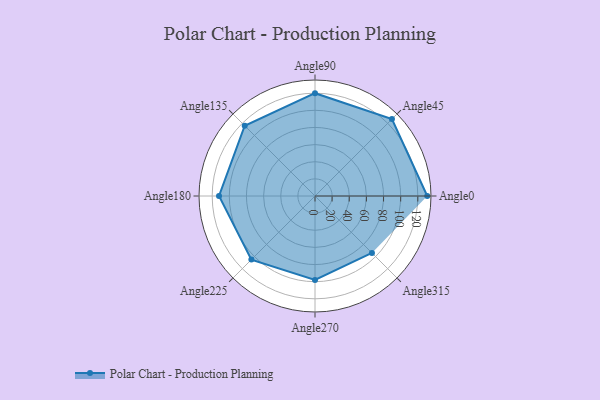
{"axis": {"x": "Angle", "y": "Radius"}, "legend": [""], "data": [{"x": "Angle0", "y": 131.0, "type": ""}, {"x": "Angle45", "y": 127.0, "type": ""}, {"x": "Angle90", "y": 120.0, "type": ""}, {"x": "Angle135", "y": 116.0, "type": ""}, {"x": "Angle180", "y": 112.0, "type": ""}, {"x": "Angle225", "y": 105.0, "type": ""}, {"x": "Angle270", "y": 98.0, "type": ""}, {"x": "Angle315", "y": 94.0, "type": ""}]}